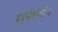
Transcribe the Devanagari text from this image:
प्रेड्नीसोलोन